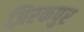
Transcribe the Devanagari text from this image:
ज़िरकपुर